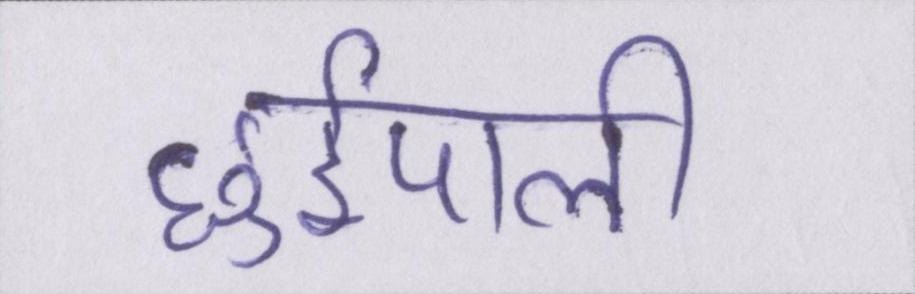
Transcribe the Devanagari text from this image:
छुईपाली